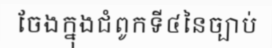
ចែងក្នុងជំពូកទី៤នៃច្បាប់